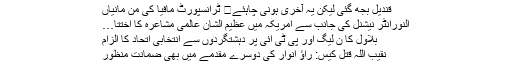
قندیل بجھ گئی لیکن یہ آخری ہونی چاہئے	 ٹرانسپورٹ مافیا کی من مانیاں
النورانٹر نیشنل کی جانب سے امریکہ میں عظیم الشان عالمی مشاعرہ کا اختتا…
بلاول کا ن لیگ اور پی ٹی آئی پر دہشتگردوں سے انتخابی اتحاد کا الزام
نقیب اللہ قتل کیس: راؤ انوار کی دوسرے مقدمے میں بھی ضمانت منظور